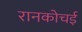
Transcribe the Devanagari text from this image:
रानकोचई